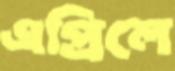
এপ্রিলে